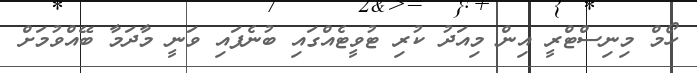
ހޯމް މިނިސްޓްރީ އިން މިއަދު ކުރި ޓުވީޓެއްގައި ބުނެފައި ވަނީ މާދަމާ ބޭއްވުމަށް